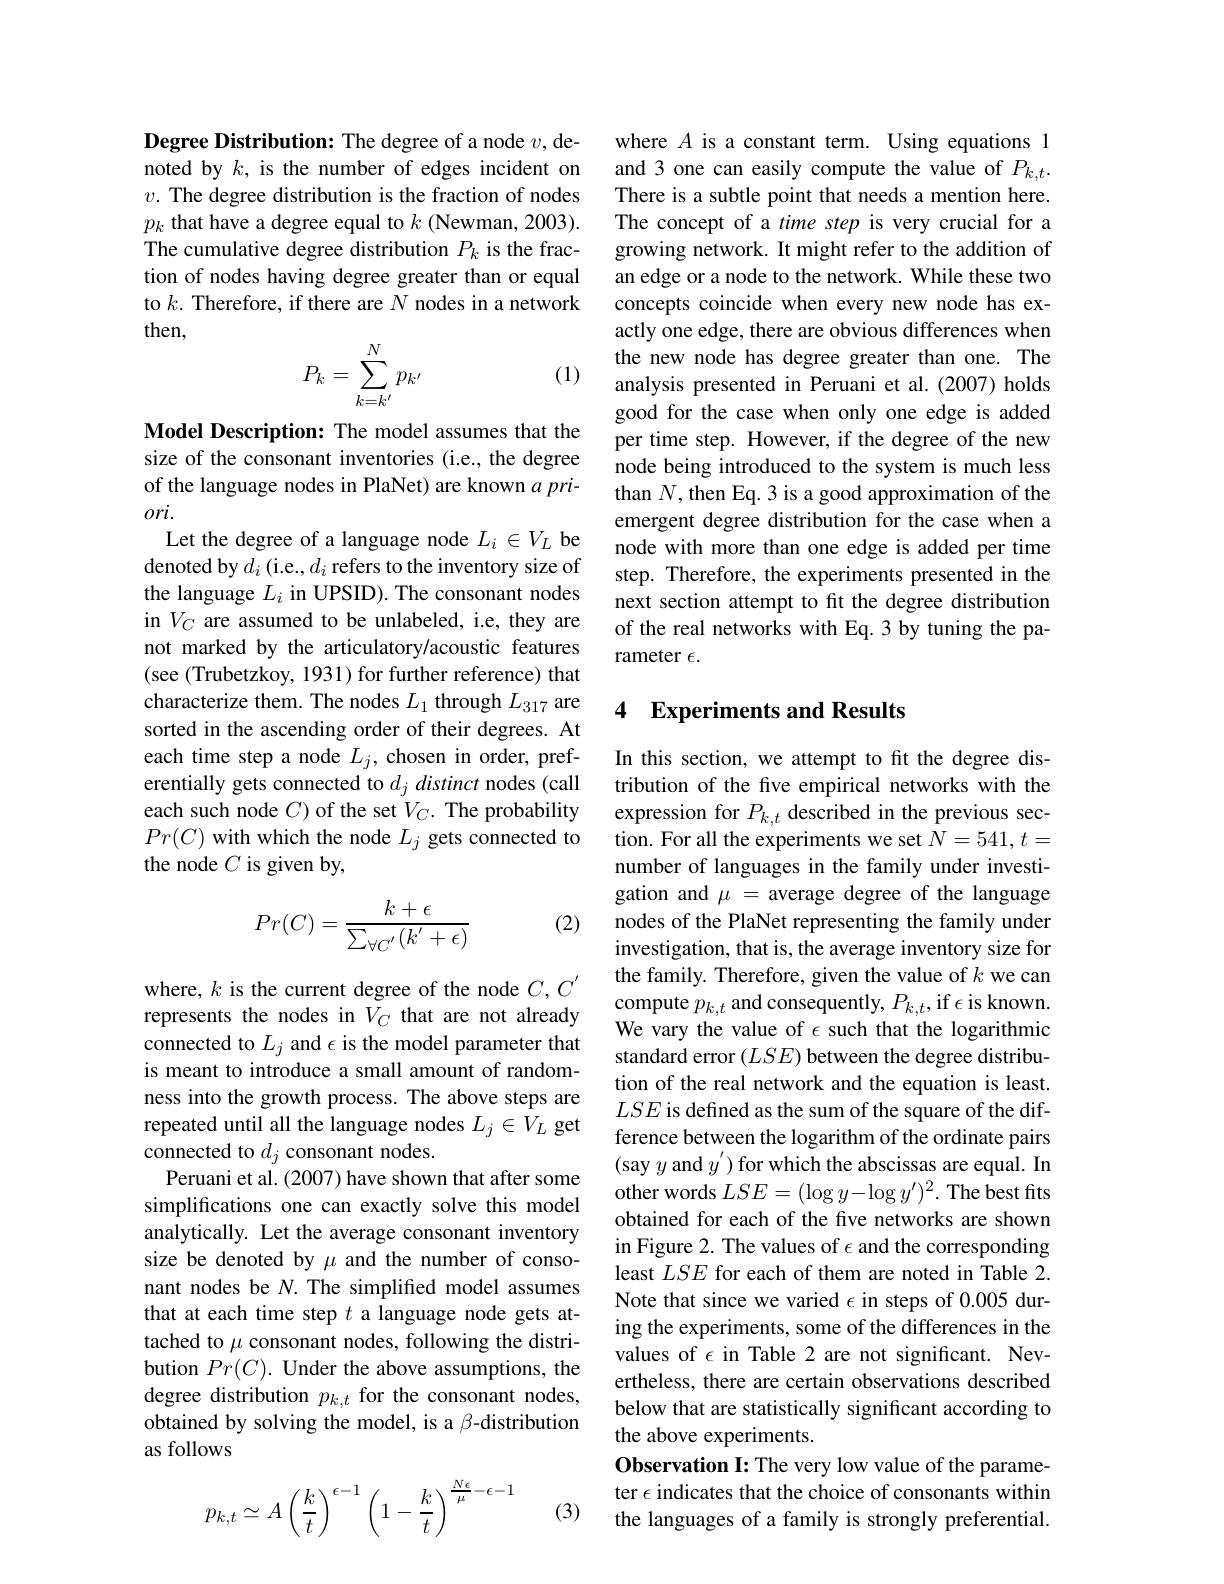
Degree Distribution: The degree of a node $v$,denoted by $k$, is the number of edges incident on $v.$ The degree distribution is the fraction of nodes $p_k$ that have a degree equal to $k$ (Newman, 2003). The cumulative degree distribution $P_k$ is the fraction of nodes having degree greater than or equal to $k.$ Therefore, if there are $N$ nodes in a network then,
$$P_k=\sum_{k=k'}^Np_{k'}$$
(1)

Model Description: The model assumes that the size of the consonant inventories (i.e., the degree of the language nodes in PlaNet) are known $a$ pri- $ori.$
Let the degree of a language node $L_i\in V_L$ be denoted by $d_i$ (i.e., $d_i$ refers to the inventory size of the language $L_i$ in UPSID). The consonant nodes in $V_C$ are assumed to be unlabeled, i.e, they are not marked by the articulatory/acoustic features (see (Trubetzkoy, 1931) for further reference) that characterize them. The nodes $L_1$ through $L_{317}$ are sorted in the ascending order of their degrees. At each time step a node $L_j$, chosen in order, preferentially gets connected to $d_j\textit{distinct nodes( call}$ each such node $C$) of the set $V_C.$ The probability $Pr(C)$ with which the node $L_j$ gets connected to the node $C$ is given by,

(2)
$$Pr(C)=\frac{k+\epsilon}{\sum_{\forall C'}(k'+\epsilon)}$$
where, $k$ is the current degree of the node $C,C^\prime$ represents the nodes in $\bar{V}_C$ that are not already connected to $L_j$ and $\epsilon$ is the model parameter that is meant to introduce a small amount of randomness into the growth process. The above steps are repeated until all the language nodes $L_j\in V_L$ get connected to $d_j$ consonant nodes.
Peruani et al. (2007) have shown that after some simplifications one can exactly solve this model analytically. Let the average consonant inventory size be denoted by $\mu$ and the number of consonant nodes be $N.$ The simplified model assumes that at each time step $t$ a language node gets at- $\begin{array}{l}\mathrm{tached~to~\mu~consonant~nodes,~following~the~distri-}\\\mathrm{bution~Pr(C).~Under~the~above~assumptions,~the}\end{array}$ degree distribution $p_{k,t}$ for the consonant nodes, obtained by solving the model, is a $\beta$-distribution as follows
$$p_{k,t}\simeq A\left(\dfrac{k}{t}\right)^{\epsilon-1}\left(1-\dfrac{k}{t}\right)^{\frac{N\epsilon}{\mu}-\epsilon-1}$$
(3)

where $A$ is a constant term. Using equations 1 and 3 one can easily compute the value of $P_{k,t}.$ There is a subtle point that needs a mention here. The concept of a time step is very crucial for a growing network. It might refer to the addition of an edge or a node to the network. While these two concepts coincide when every new node has exactly one edge, there are obvious differences when the new node has degree greater than one. The analysis presented in Peruani et al.(2007) holds good for the case when only one edge is added per time step. However, if the degree of the new node being introduced to the system is much less than $N$,then Eq.3 is a good approximation of the emergent degree distribution for the case when a node with more than one edge is added per time step. Therefore, the experiments presented in the next section attempt to fit the degree distribution of the real networks with Eq.3 by tuning the parameter $\epsilon.$

### 4 Experiments and Results

In this section, we attempt to ft the degree distribution of the five empirical networks with the expression for $P_{k,t}$ described in the previous section. For all the experiments we set $N=541,t=$ number of languages in the family under investigation and $\mu=$ average degree of the language nodes of the PlaNet representing the family under investigation, that is, the average inventory size for the family. Therefore, given the value of $k$ we can compute $p_{k,t}$ and consequently, $P_k,t$,if $\epsilon$ is known. We vary the value of $\epsilon$ such that the logarithmic standard error $(LSE)$ between the degree distribution of the real network and the equation is least. $LSE$ is defined as the sum of the square of the difference between the logarithm of the ordinate pairs (say $y$ and $y^\prime)$ for which the abscissas are equal. In other words $LSE=(\log y-\log y^{\prime})^2.$ The best fits obtained for each of the five networks are shown in Figure 2. The values of $\epsilon$ and the corresponding least $LSE$ for each of them are noted in Table 2. Note that since we varied $\epsilon$ in steps of 0.005 during the experiments, some of the differences in the values of $\epsilon$ in Table 2 are not significant. Nevertheless, there are certain observations described below that are statistically significant according to the above experiments.
Observation I: The very low value of the parameter $\epsilon$ indicates that the choice of consonants within the languages of a family is strongly preferential.